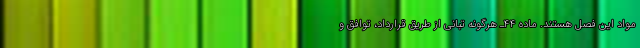
مواد این فصل هستند. ماده ۴۴ـ هرگونه تبانی از طریق قرارداد، توافق و